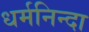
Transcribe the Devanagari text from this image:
धर्मनिन्दा